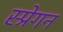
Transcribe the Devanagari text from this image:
स्प्रेगन